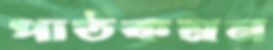
পাঠকমন